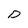
Character: D